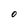
Character: O